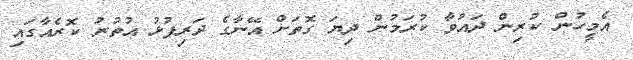
އެމީހުން ކުރިން ދައުވާ ކުރަމުން ދިޔަ ގޮތަށް އޭނާގެ ދަރިފުޅު އުތުރު ކޮރެއާގައި